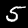
Digit: 5